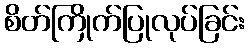
စိတ်ကြိုက်ပြုလုပ်ခြင်း